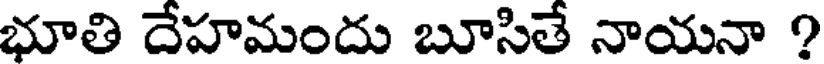
భూతి దేహమందు బూసితే నాయనా ?